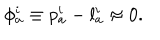
LaTeX: \phi _ { a } ^ { i } \equiv p _ { a } ^ { i } - l _ { a } ^ { i } \approx 0 .